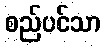
စည်ပင်သာ